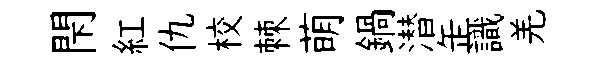
閇紅仇校棘萌鍋潜𦈢識羌